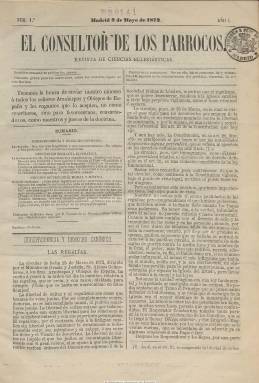
Título: El Consultor de los párrocos
Colección: Religión
Ámbito geográfico: Madrid
Lugar de publicación: Madrid
Fechas: 02/05/1872-31/12/1877

Con el subtítulo “revista de ciencias eclesiásticas”, comienza a publicarse el dos de mayo de 1872, apareciendo cada jueves en entregas de ocho paginas, compuestas a dos columnas. Sus principales secciones son Jurisprudencia y derecho canónico, Teología dogmática, Teología moral y mística y noticias generales. Su fundador y propietario es el jurista Fermín Abella Blave (1832-1888), fundador y propietario también de El consultor de los ayuntamientos (1870), y Botrel (1982) la clasifica como publicación profesional, al estar destinada a las labores y funciones pastorales de los arzobispos y obispos y del clero en general en España. Su dirección es atribuida al presbítero y publicista Miguel Sánchez López (1833-1889).

Su aparición en pleno Sexenio Democrático convierte a la publicación en especie de órgano de presión y cohesión y como contrapoder de una institución –la eclesiástica católica- que venía sintiéndose amenazada por las nuevas ideas liberalizadoras y laicas de la sociedad europea y española. En sus artículos doctrinales refutará el racionalismo liberal del filósofo francés Ernest Renan (1823-1892), el evolucionismo del biólogo alemán Ernest Kaeckel (1834-1919) y, cómo no, la doctrina de la tolerancia krausista.

Dada la personalidad de su director, también impugnará no sólo al catolicismo liberal, sino también al ultramontano e integrista en la versión carlista española, el espiritismo creciente y las teorías del matrimonio civil y las divorcistas. Incluso llegará a propagar que la masonería estaba detrás de la Cruz Roja, que en 1863 había sido creada en Ginebra, llegando a polemizar con la pionera del feminismo español Concepción Arenal (1820-1923). Por sus artículos, a veces de carácter muy vehemente y hasta sangrante, en algún momento fue incluso reprendido por el obispo de Salamanca. También publica artículos de política internacional relacionada con el catolicismo, como es el caso de las disputas entre Alemania, Italia y el Papado.

Al final de cada año publica índices generales y alfabético de materias, a través de los cuales se puede observar cuáles eran los asuntos en los que en cada momento más incidía la publicación, desde las regalías, al matrimonio civil, el anticatolicismo, el protestantismo, hasta el regalismo o la testamentaría, además de los asuntos parroquiales o los concernientes a las órdenes y congregaciones religiosas o a la infalibilidad papal.

La colección de la Biblioteca Nacional carece de los 61 números del año 1875. El último número corresponde al 31 de diciembre de 1877. Estuvo publicándose hasta finales de 1880.